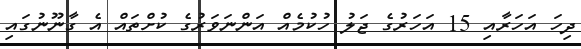
ދިހަ އަހަރާއި 15 އަހަރުގެ ޖަލު ހުކުމެއް އަންނަވަރުގެ ކުށްތައް އެ ގާނޫނުގައި